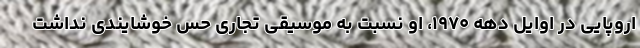
اروپایی در اوایل دهه ۱۹۷۰، او نسبت به موسیقی تجاری حس خوشایندی نداشت